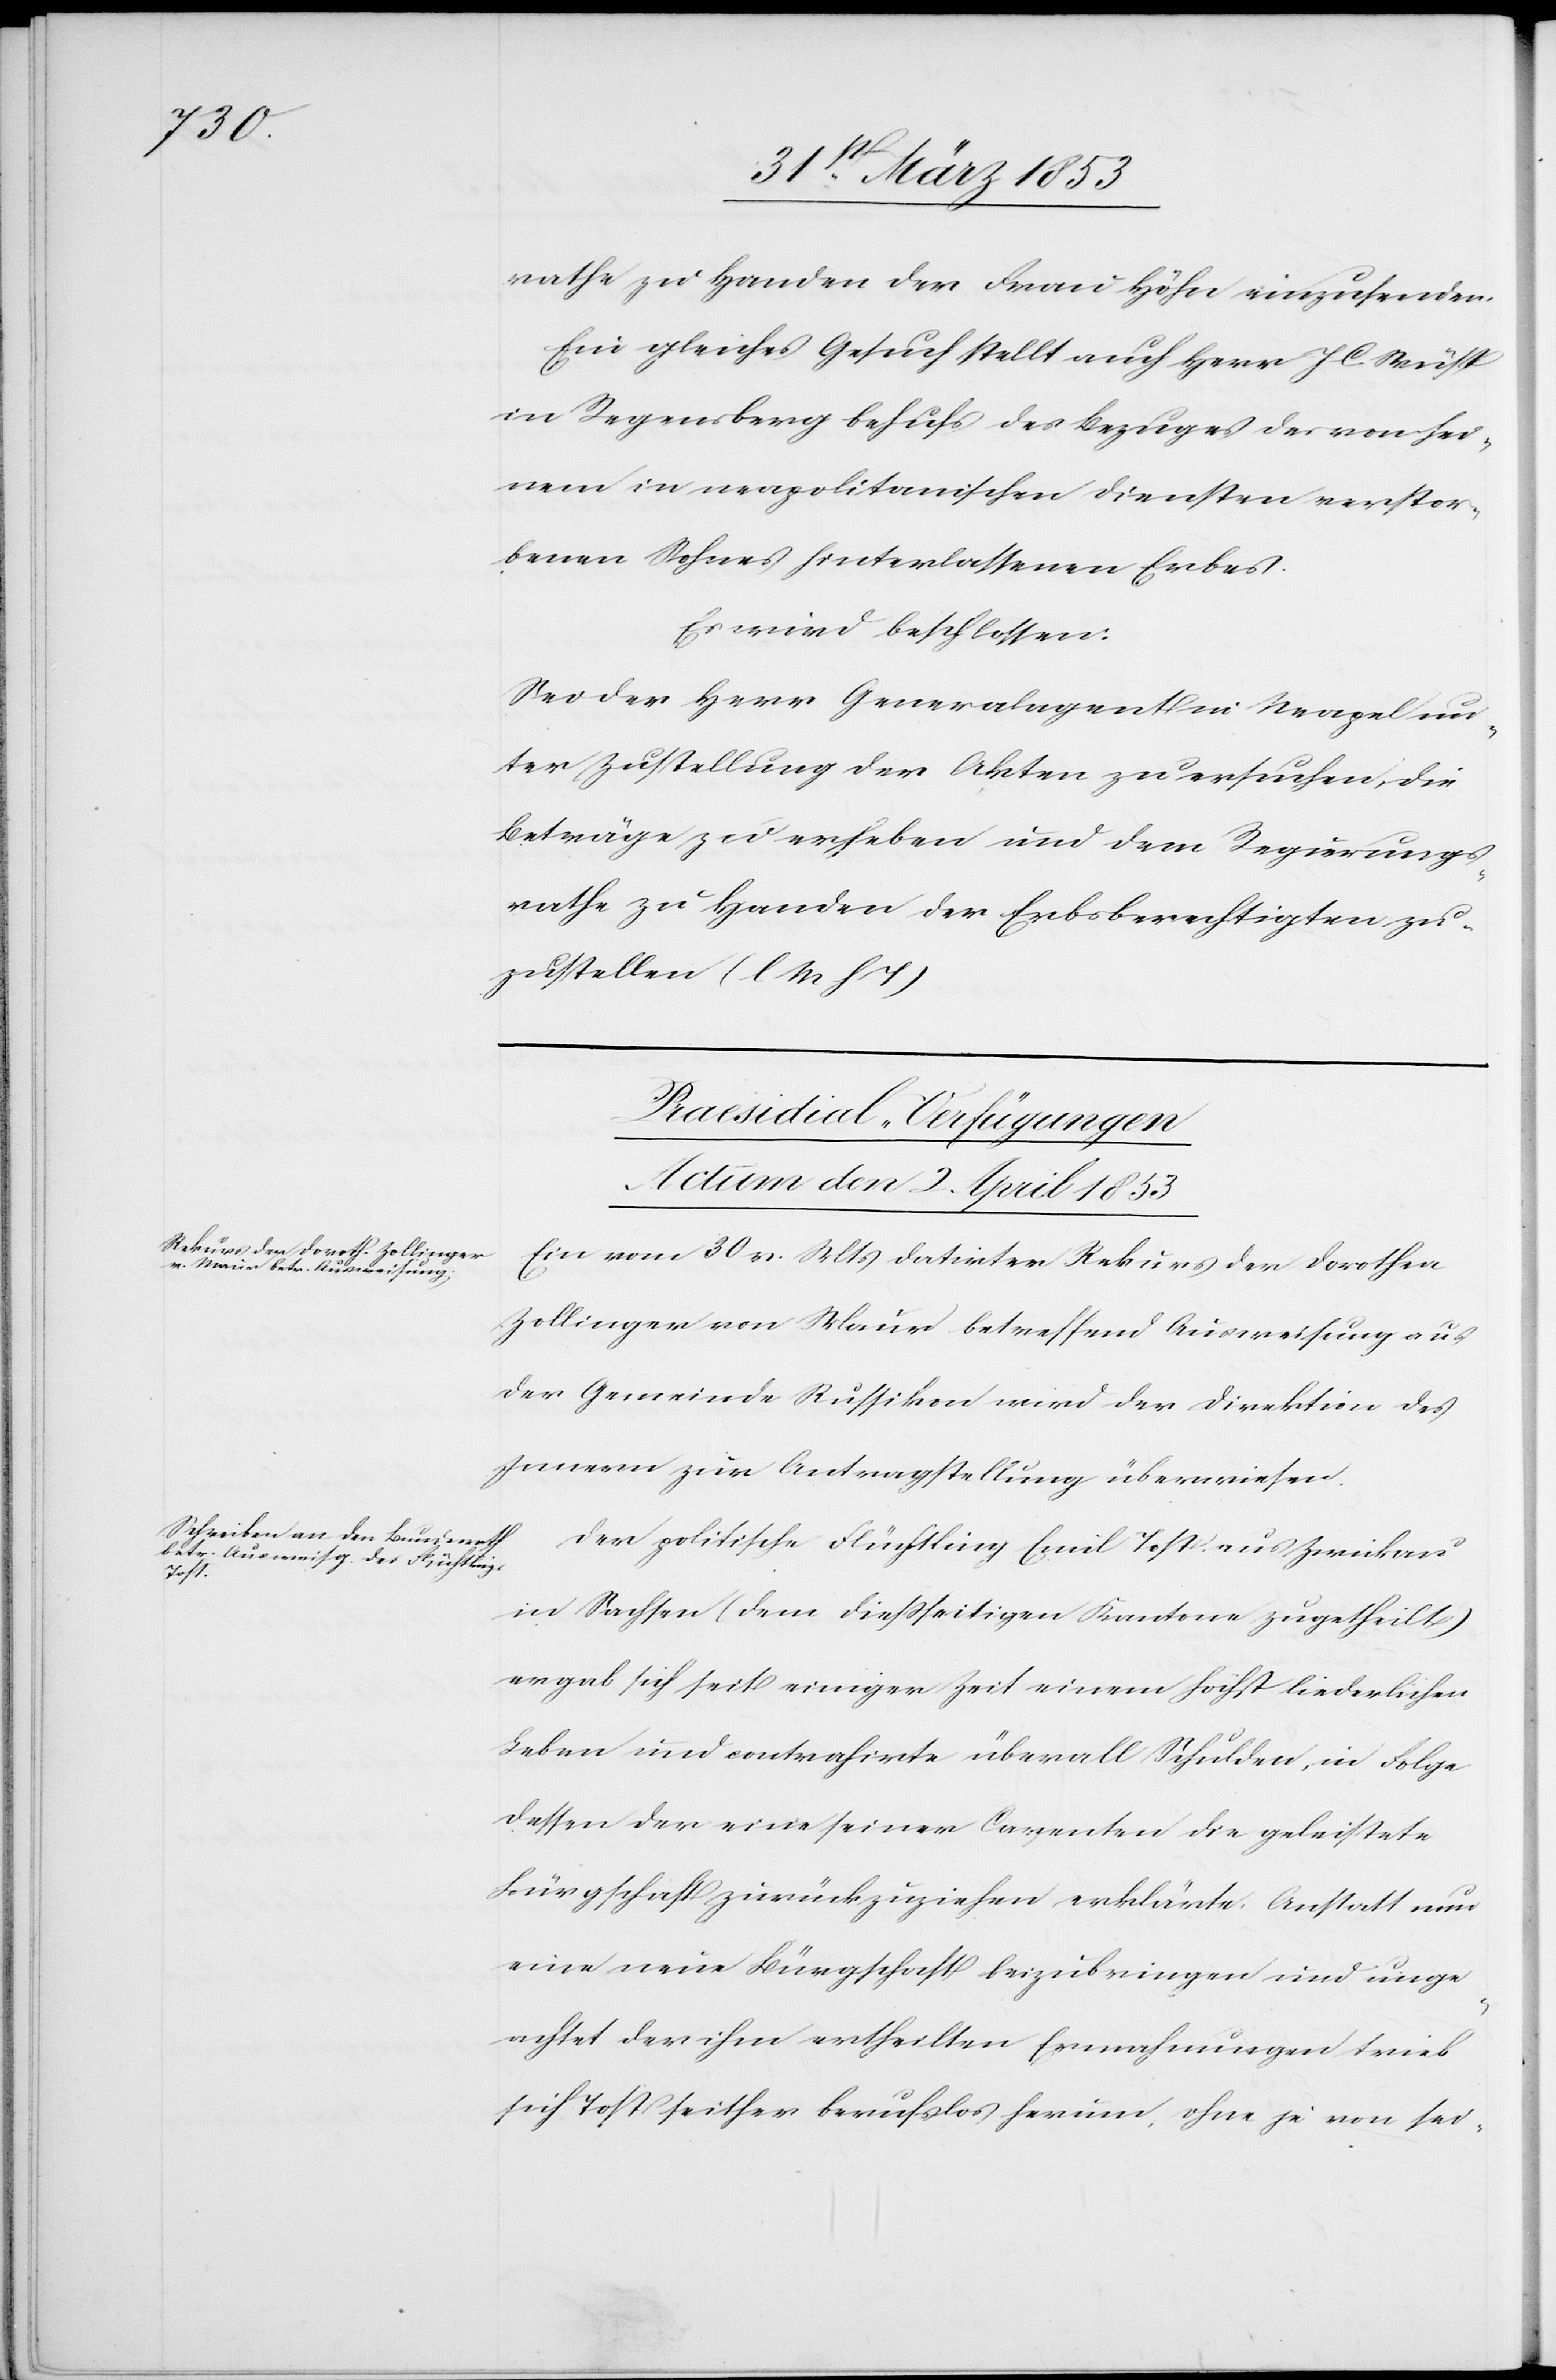
rathe zu Handen der Frau Höhn einzusenden.
Ein gleiches Gesuch stellt auch Herr J. C. Wüst
in Regensberg behufs des Bezuges des von sei¬
nem in neapolitanischen Diensten verstor¬
benen Sohnes hinterlassenen Erbes.
Es wird beschlossen:
Sei der Herr Generalagent in Neapel un¬
ter Zustellung der Akten zu ersuchen, die
Beträge zu erheben und dem Regierungs¬
rathe zu Handen der Erbsberechtigten zu¬
zustellen [l. M. h. T]
[Praesidial-Verfügungen
Actum den 2. April 1853]
Ein vom 30 v. Mts. datirter Rekurs der Dorothea
Zollinger von Maur betreffend Ausweisung aus
der Gemeinde Russikon wird der Direktion des
Innern zur Antragstellung überwiesen.
Der politische Flüchtling Emil Tost aus Zwickau
in Sachsen (dem dießseitigen Kanton zugetheilt)
ergab sich seit einiger Zeit einem höchst liederlichen
Leben und contrahirte überall Schulden, in Folge
dessen der eine seiner Carenten die geleistete
Bürgschaft zurückzuziehen erklärte. Anstatt nun
eine neue Bürgschaft beizubringen und unge¬
achtet der ihm ertheilten Ermahnungen trieb
sich Tost seither berufslos herum, ohne je von sei-